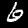
Label: 6